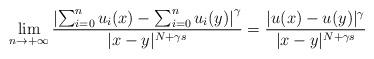
LaTeX: \begin{align*}\lim_{n\to +\infty} \frac{\left|\sum_{i=0}^{n} u_i(x)-\sum_{i=0}^{n} u_i(y)\right|^\gamma}{|x-y|^{N+\gamma s}}=\frac{|u(x)-u(y)|^\gamma}{|x-y|^{N+\gamma s}}\end{align*}